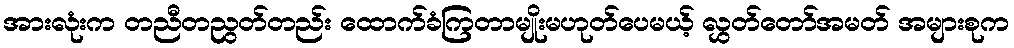
အားလုံးက တညီတညွတ်တည်း ထောက်ခံကြတာမျိုးမဟုတ်ပေမယ့် လွှတ်တော်အမတ် အများစုက